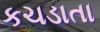
કચડાતા